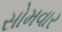
સોમવાર